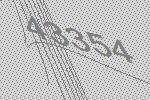
43354